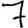
Digit: 7